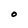
Character: O